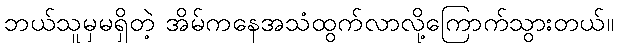
ဘယ်သူမှမရှိတဲ့ အိမ်ကနေအသံထွက်လာလို့ကြောက်သွားတယ်။